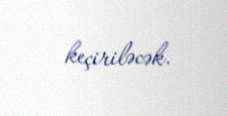
keçiriləcək.